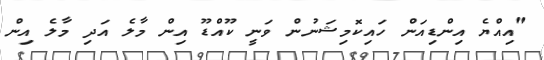
"އިއްޔެ އިންޑިއަން ހައިކޮމިޝަނުން ވަނީ ކޫއްޑޫ އިން މާލެ އަދި މާލެ އިން